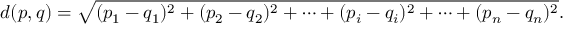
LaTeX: d ( p , q ) = { \sqrt { ( p _ { 1 } - q _ { 1 } ) ^ { 2 } + ( p _ { 2 } - q _ { 2 } ) ^ { 2 } + \cdots + ( p _ { i } - q _ { i } ) ^ { 2 } + \cdots + ( p _ { n } - q _ { n } ) ^ { 2 } } } .